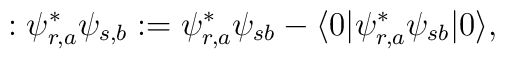
:\psi_{r,a}^*\psi_{s,b}: = \psi_{r,a}^*\psi_{sb}-\langle 0|\psi_{r,a}^*\psi_{sb}|0\rangle ,